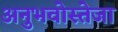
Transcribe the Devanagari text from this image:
अनुभवोस्तेजा